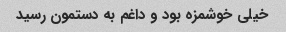
خیلی خوشمزه بود و داغم به دستمون رسید